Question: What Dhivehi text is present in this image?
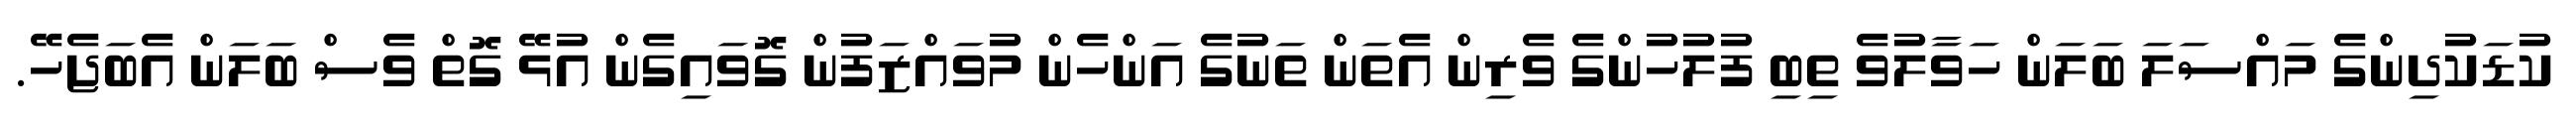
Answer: ކުޑަކުދިންގެ މައްސަލަ ބަލަން ހަވާލުވެ ތިބި ފުލުހުންގެ ވެރިން އެތަން ތަނުގެ އަންހެން މުވައްޒަފުން ގޮވައިގެން އުޅޭ ގޮތް ވެސް ބަލަން އެބަޖެހޭ.